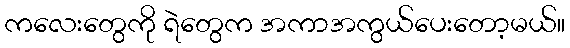
ကလေးတွေကို ရဲတွေက အကာအကွယ်ပေးတော့မယ်။